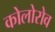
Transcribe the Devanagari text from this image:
कोलोरोव